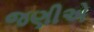
જણીએ